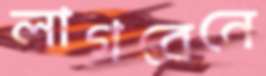
লাগবেনে